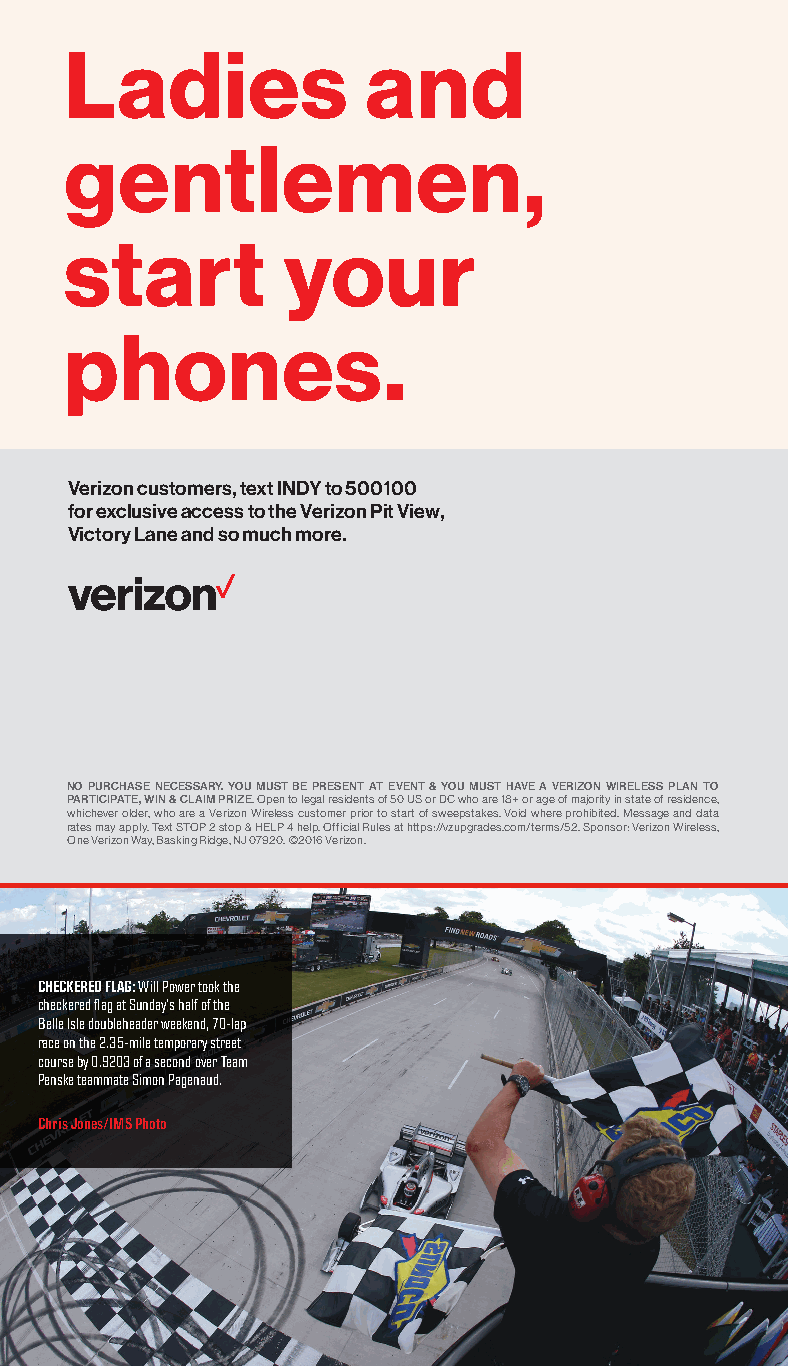
Ladies              and
 gentlemen,
 start          your
 phones.
 Verizon customers, text INDY to 500100
 for exclusive access to the Verizon Pit View,
 Victory Lane and so much more.
 NO PURCHASE NECESSARY. YOU MUST BE PRESENT AT EVENT & YOU MUST HAVE A VERIZON WIRELESS PLAN TO
 PARTICIPATE, WIN & CLAIM PRIZE. Open to legal residents of 50 US or DC who are 18+ or age of majority in state of residence,
 whichever older, who are a Verizon Wireless customer prior to start of sweepstakes. Void where prohibited. Message and data
 rates may apply. Text STOP 2 stop & HELP 4 help. Official Rules at https://vzupgrades.com/terms/52. Sponsor: Verizon Wireless,
 One Verizon Way, Basking Ridge, NJ 07920. ©2016 Verizon.
 CHECKERED FLAG: Will Power took the
 checkered flag at Sunday’s half of the
 Belle Isle doubleheader weekend, 70-lap
 race on the 2.35-mile temporary street
 course by 0.9203 of a second over Team
 Penske teammate Simon Pagenaud.
 Chris Jones/IMS Photo